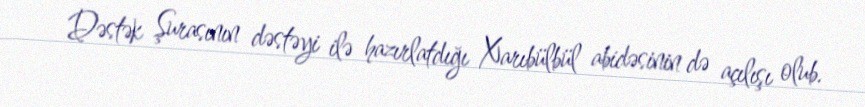
Dəstək Şurasının dəstəyi ilə hazırlatdığı Xarıbülbül abidəsinin də açılışı olub.